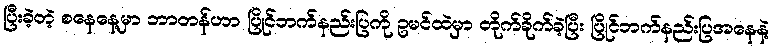
ပြီးခဲ့တဲ့ စနေနေ့မှာ ဘာတန်ဟာ ပြိုင်ဘက်နည်းပြကို ဥမင်ထဲမှာ တိုက်ခိုက်ခဲ့ပြီး ပြိုင်ဘက်နည်းပြအနေနဲ့